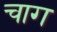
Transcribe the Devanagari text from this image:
चाग